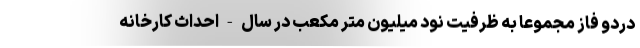
دردو فاز مجموعا به ظرفيت نود ميليون متر مكعب در سال - احداث كارخانه